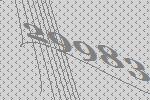
29983